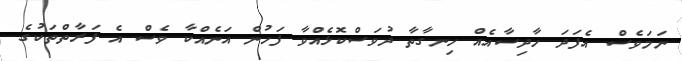
ނަމަވެސް އެފަދަ ހާދިސާއެއް ހިނގާތާ ދުވަސްކޮޅެއްވާ ފަހުން އަނެއްކާ ވެސް އެ ފަރާތްތަކުގެ